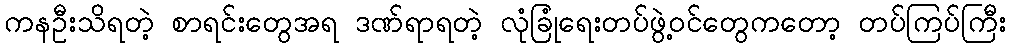
ကနဦးသိရတဲ့ စာရင်းတွေအရ ဒဏ်ရာရတဲ့ လုံခြုံရေးတပ်ဖွဲ့ဝင်တွေကတော့ တပ်ကြပ်ကြီး